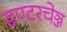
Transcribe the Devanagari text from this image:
इण्टरचेञ्ज